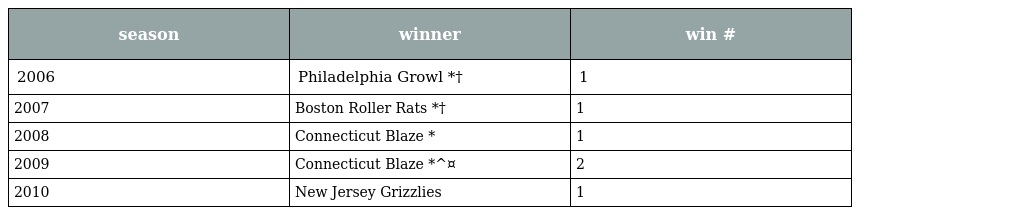
| season | winner | win # |
 | --- | --- | --- |
 | 2006 | Philadelphia Growl *† | 1 |
 | 2007 | Boston Roller Rats *† | 1 |
 | 2008 | Connecticut Blaze * | 1 |
 | 2009 | Connecticut Blaze *^¤ | 2 |
 | 2010 | New Jersey Grizzlies | 1 |